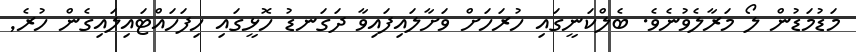
މަޑުމަޑުން ލޯ މަރާލެވުނެވެ. ބެލްކަނީގަައި ހުރަހަށް ވަށާލައިފައިވާ ދަގަނޑު ހޮޅީގައި ހިފަހައްޓައިލަައިގެން ހުރެ